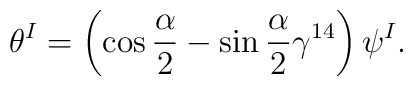
\theta^I =\left( \cos\frac{\alpha}{2}  -\sin\frac{\alpha}{2}\gamma^{14}\right) \psi^I .